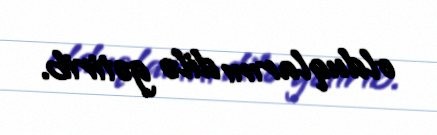
olduqlarını dilə gətirib.